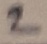
Text: 2